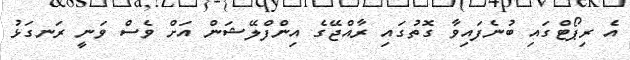
އެ ރިޕޯޓްގައި ބުނެފައިވާ ގޮތުގައި ރާއްޖޭގެ އިންފްލޭޝަން އަށް ވެސް ވަނީ ރަނގަޅު